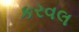
કરવલ